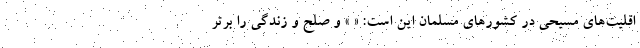
اقلیت‌های مسیحی در کشورهای مسلمان این است: « » و صلح و زندگی را برتر